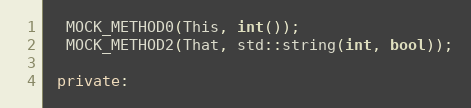
Language: C++
  MOCK_METHOD0(This, int());
  MOCK_METHOD2(That, std::string(int, bool));

 private: